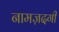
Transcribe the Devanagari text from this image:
नामज़दगी